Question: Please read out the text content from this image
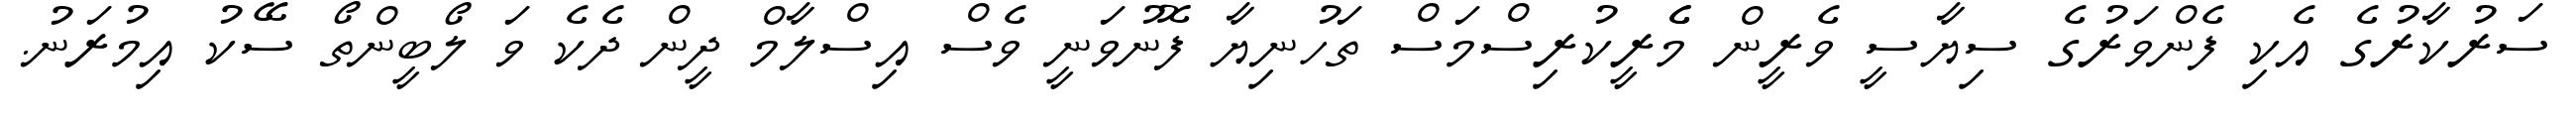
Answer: ސަރުކާރުގެ އެކި ފެންވަރުގެ ސިޔާސީ ވެރީން މެެރީކުރިސްމަސް ތަހުނިޔާ ފޮނުވަނީ ވެސް އިސްލާމް ދީން ދެކެ ވަ ލޯބީންތޯ ސޭކު އިމުރަނު.